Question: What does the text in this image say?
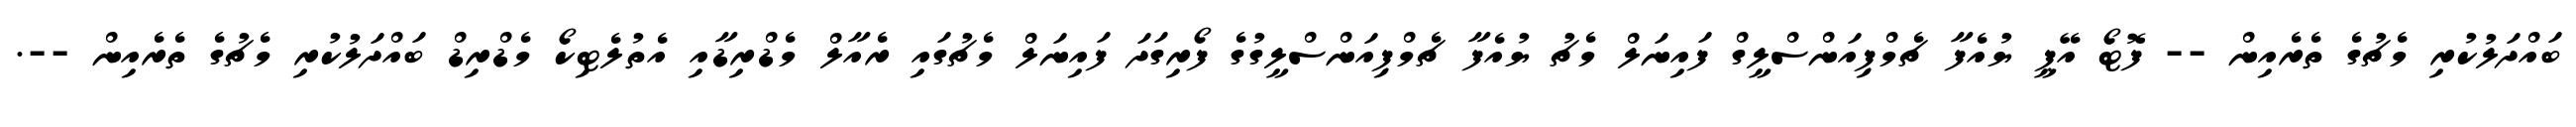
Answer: ބައްދަލުކުރި މެޗުގެ ތެރެއިން -- ފޮޓޯ އޭޕީ ޔުއެފާ ޗެމްޕިއަންސްލީގް ފައިނަލް މެޗު ޔުއެފާ ޗެމްޕިއަންސްލީގުގެ ފޯރިގަދަ ފައިނަލް މެޗުގައި ރެއާލް މެޑްރިޑާއި އެތުލެޓިކޯ މެޑްރިޑް ބައްދަލުކުރި މެޗުގެ ތެރެއިން --.